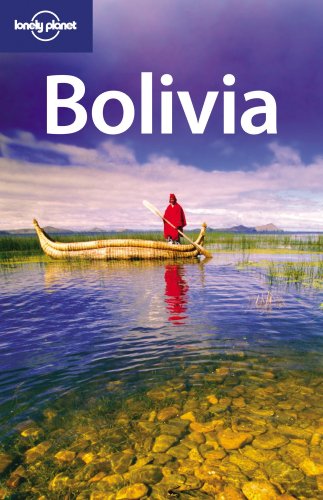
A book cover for Lonely Planet Bolivia (Country Travel Guide); Anja Mutic; Travel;